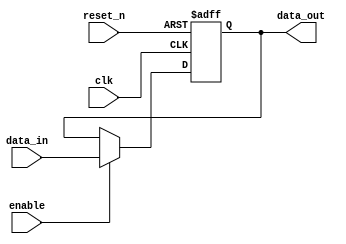
module output_register (
    input wire clk,         // Clock signal
    input wire reset_n,     // Asynchronous reset (active low)
    input wire enable,      // Enable signal
    input wire [N-1:0] data_in, // Data input from combinational logic
    output reg [N-1:0] data_out // Output register
);
    parameter N = 8; // Width of the data bus, adjust as necessary

    // Asynchronous reset and synchronous data capture
    always @(posedge clk or negedge reset_n) begin
        if (!reset_n) begin
            data_out <= {N{1'b0}}; // Set output to zero on reset
        end else if (enable) begin
            data_out <= data_in; // Capture data on rising edge of clk when enabled
        end
    end
endmodule